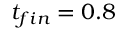
t _ { f i n } = 0 . 8